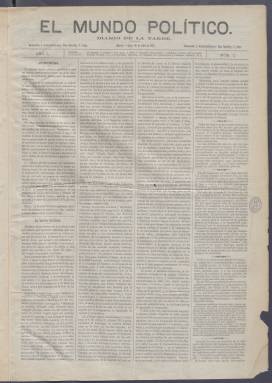
Título: El Mundo político
Colección: Periódicos
Ámbito geográfico: Madrid
Lugar de publicación: Madrid
Fechas: 16/07/1877-20/11/1881